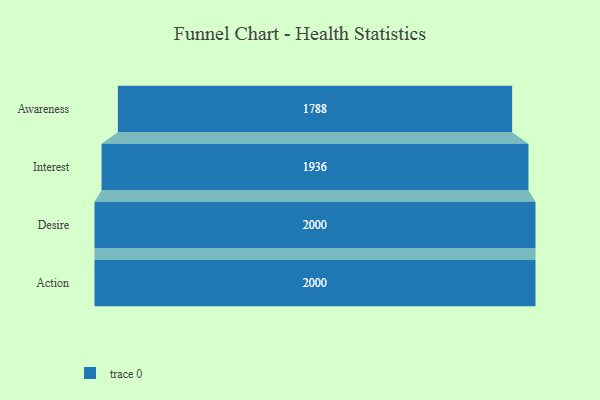
{"axis": {"x": "Stage", "y": "Value"}, "legend": [""], "data": [{"x": "Awareness", "y": 1788.0, "type": ""}, {"x": "Interest", "y": 1936.0, "type": ""}, {"x": "Desire", "y": 2000, "type": ""}, {"x": "Action", "y": 2000, "type": ""}]}